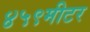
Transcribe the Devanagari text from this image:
४५९मीटर